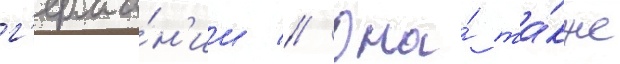
г'ерма́н'ии // Она́ та́кже